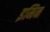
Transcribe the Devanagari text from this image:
इमिन